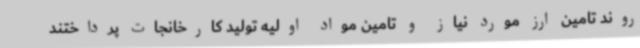
روند تامین ارز مورد نیاز و تامین مواد اولیه تولید کارخانجات پرداختند